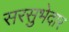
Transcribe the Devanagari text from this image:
सरसुभेदार